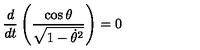
\frac { d } { d t } \left( \frac { \cos \theta } { \sqrt { 1 - \dot { \theta } ^ { 2 } } } \right) = 0